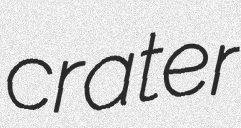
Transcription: crater